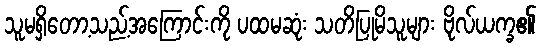
သူမရှိတော့သည့်အကြောင်းကို ပထမဆုံး သတိပြုမိသူများ ဗိုလ်ယက္ခ၏